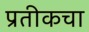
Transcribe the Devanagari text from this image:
प्रतीकचा